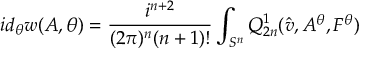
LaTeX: i d _ { \theta } w ( A , \theta ) = \frac { i ^ { n + 2 } } { ( 2 \pi ) ^ { n } ( n + 1 ) ! } \int _ { S ^ { n } } Q _ { 2 n } ^ { 1 } ( \hat { v } , A ^ { \theta } , F ^ { \theta } )